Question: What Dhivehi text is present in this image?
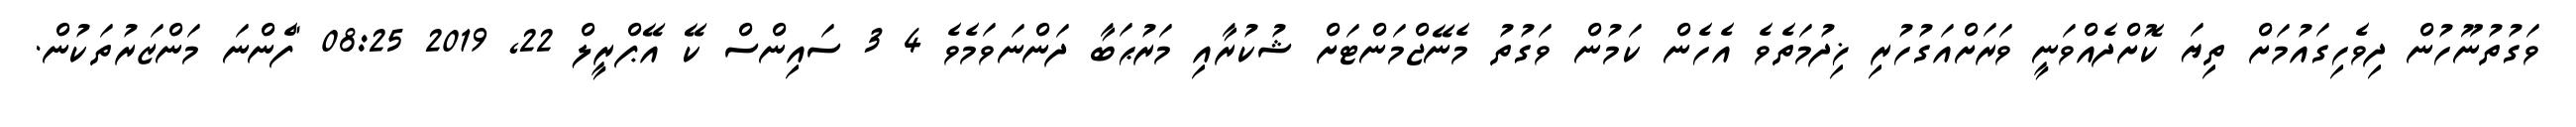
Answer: ވަގުތުނޫހުން ދިވެހިގައުމަށް ތިޔަ ކޮށްދެއްވަނީ ވަރަށްއަގުހުރި ޚިދުމަތެވެ އެހެން ކަމުން ވަގުތު މެނޭޖްމަންޓަށް ޝުކުރާއި މަރުޙަބާ ދަންނަވަމެވެ 4 3 ސައިންސް ކޭ އޭޕްރީލް 22, 2019 08:25 "ފެންނަ މަންޒަރުތަކުން.